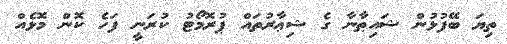
ތިޔަ ބޭފުޅުން ޝައިޠާނާ ގެ ޝިޢާރުތައް ޕުރޮމޯޓު ކުރަނީ ފަހެ ކޮން މޮޅެއް